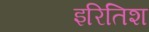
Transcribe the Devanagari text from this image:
इरितिश